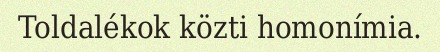
Toldalékok közti homonímia.